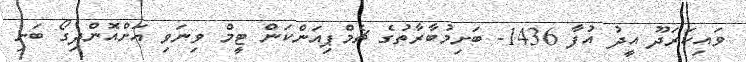
ވައިކަރަދޫ އީދު އުފާ 1436- ބަށިމުބާރާތުގެ ޗެމްޕިއަންކަން ޓީމް ވިނަވި އަށްއޮންދިގޯ ބަށި